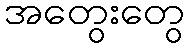
အတွေးတွေ